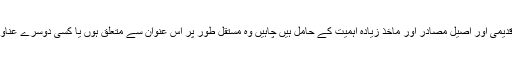
ان تقسیمات کے باوجود قدیمی اور اصیل مصادر اور ماخذ زیادہ اہمیت کے حامل ہیں چاہیں وہ مستقل طور پر اس عنوان سے متعلق ہوں یا کسی دوسرے عناوین سے لکھے گئے ہوں۔